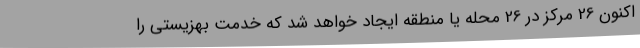
اکنون 26 مرکز در 26 محله یا منطقه ایجاد خواهد شد که خدمت بهزیستی را